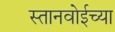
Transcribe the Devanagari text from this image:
स्तानवोईच्या